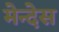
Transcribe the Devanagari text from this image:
मेन्देस